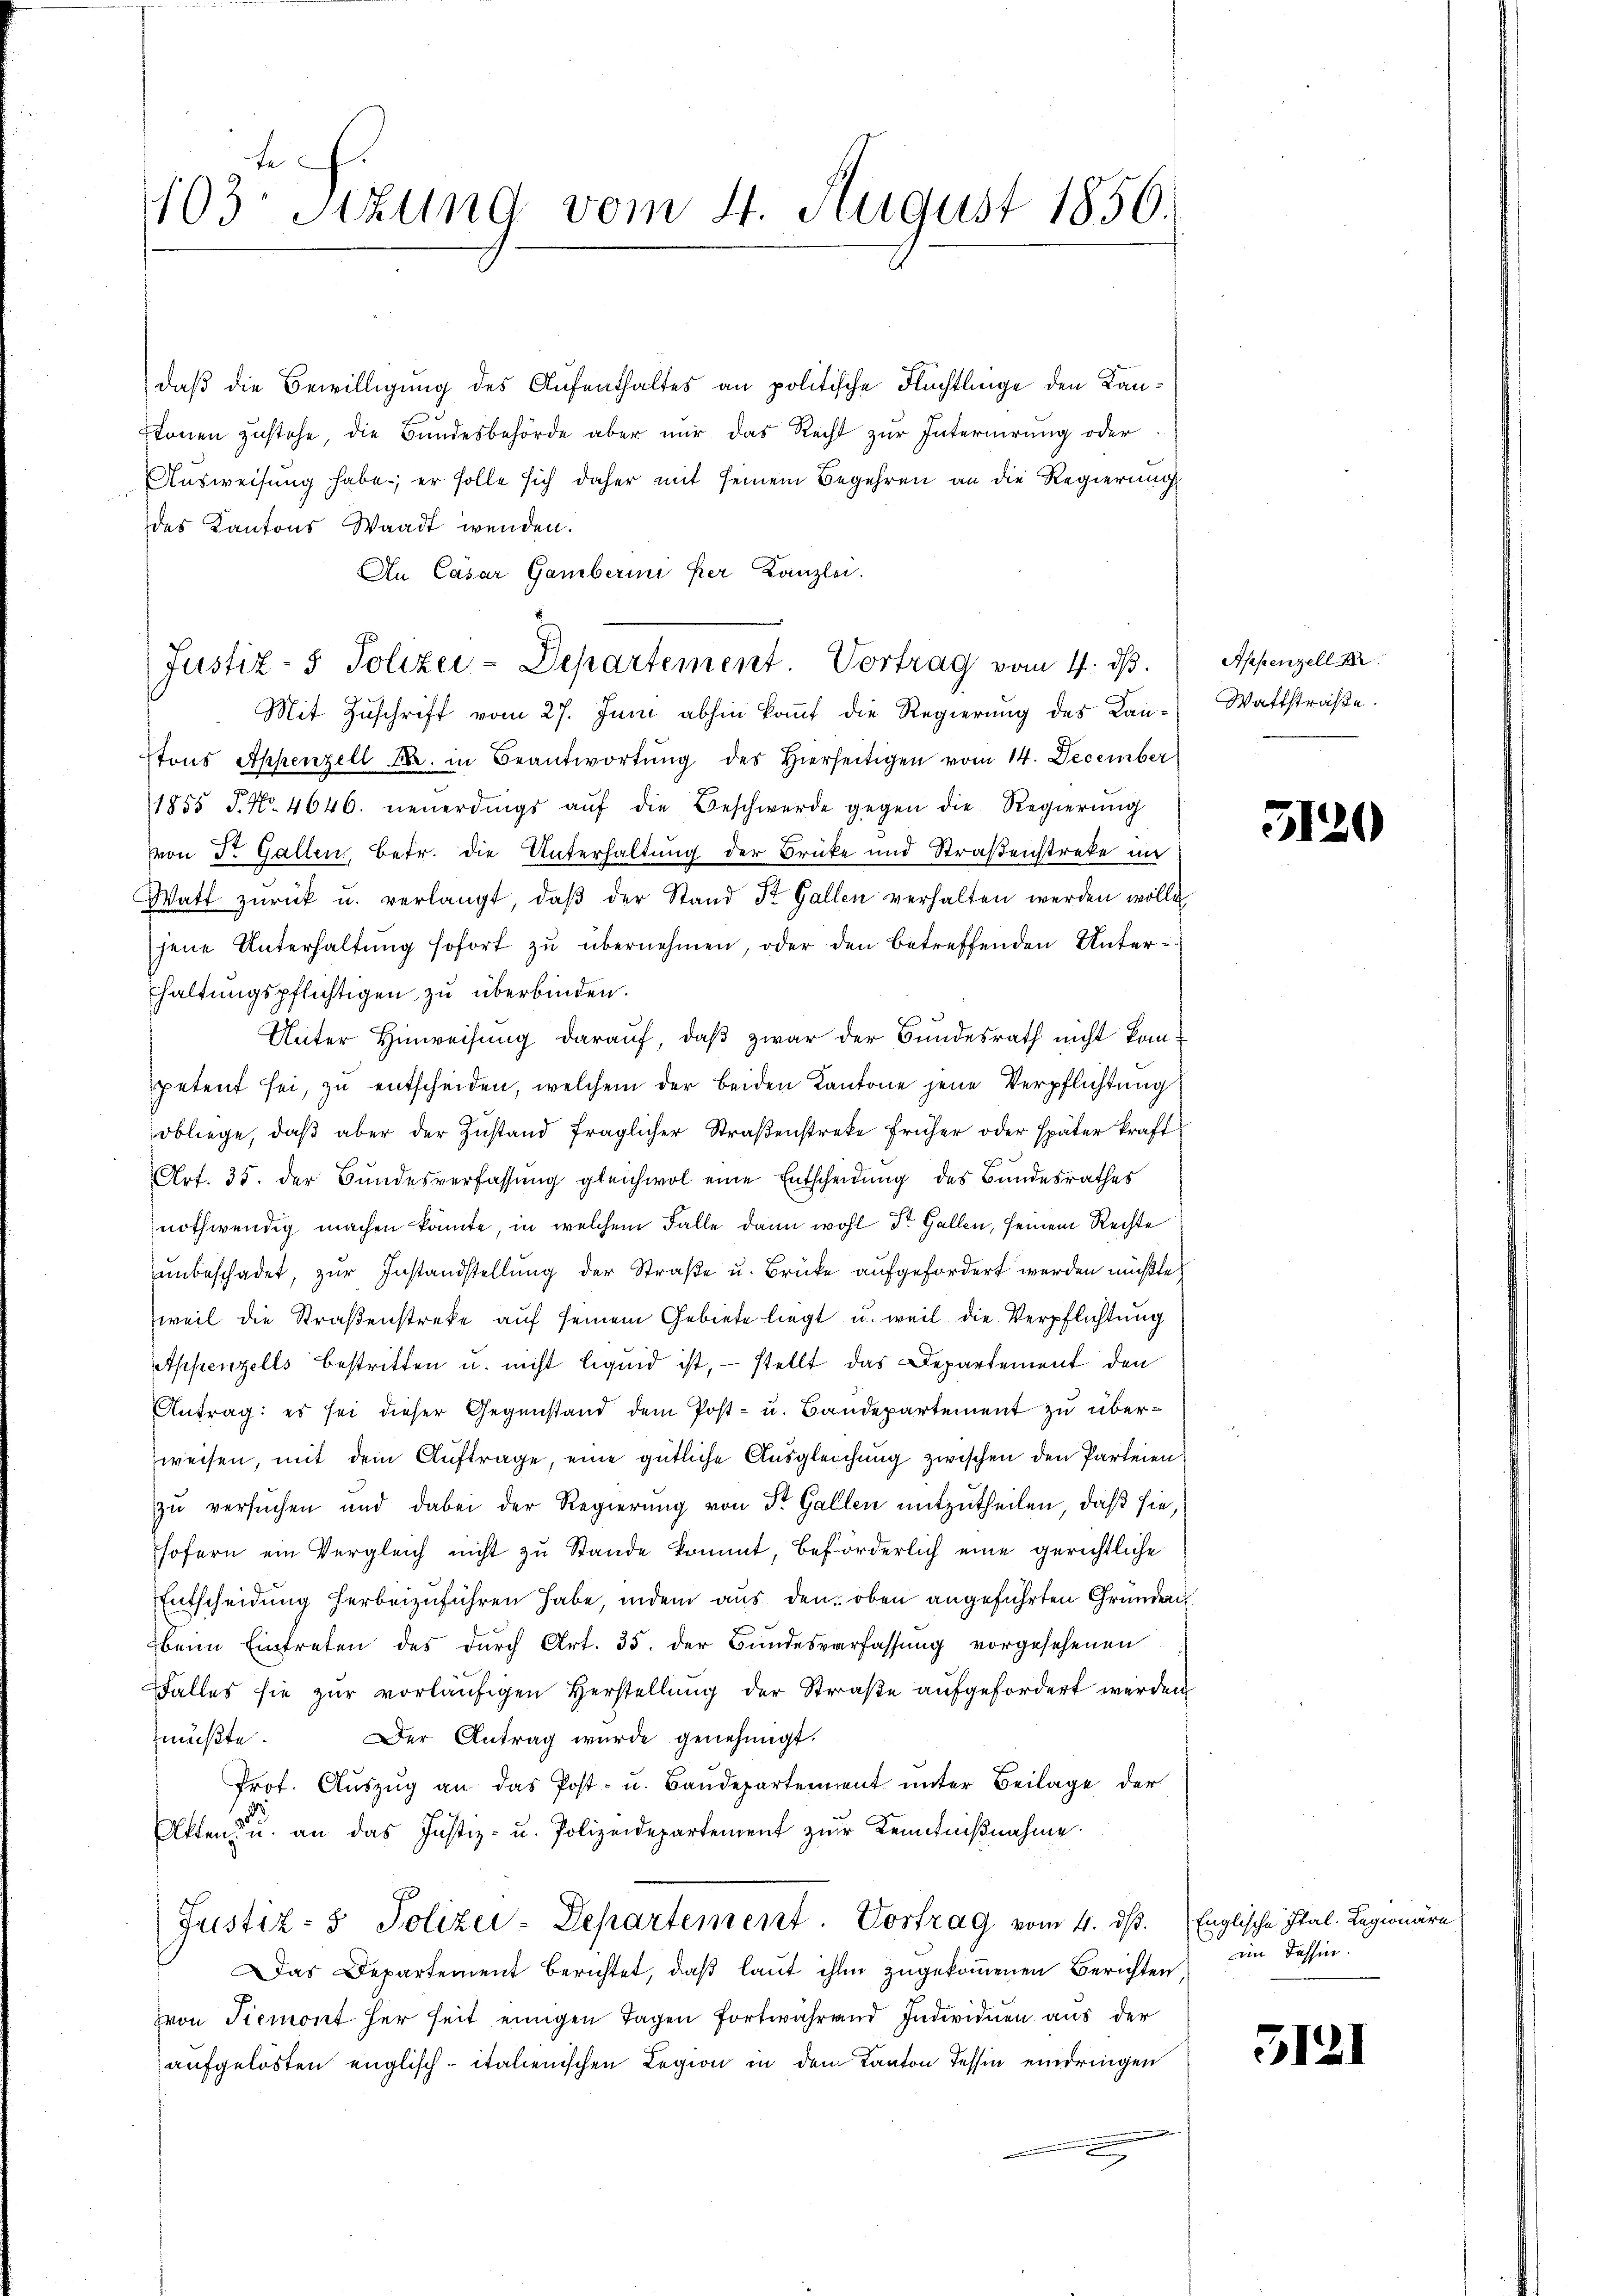
te
103. Sitzung vom 4. August 1856.

daß die Bewilligung des Aufenthaltes an politische Flüchtlinge den Kanstonen zustehe, die Bundesbehörde aber mir das Recht zur Internirung oder
Ausweisung habe; er solle sich daher mit seinem Begehren an die Regierung
des Kantons Waadt wenden.
Au. Casar Gamberini per Canzlei.
Mit Zŭschrift vom 27. Juni abhin kant die Regierung des Kan-Wattstraβe.
tons Appenzell Fr. in Beantwortŭng des hierseitigen vom 14. December
1855 J. No. 4646. neuerdings aŭf die Beschwerde gegen die Regierŭng
von Dr. Gallen Betr. die Unterhaltung der Brücke und Straßenstreke in
Watt zŭrück u. verlangt, daβ der Stand St. Gallen verhalten werden wolle,
jene Unterhaltŭng sofort zŭ übernehmen, oder den betreffenden Unter¬
Ehaltungspflichtigen zu überbinden.
Unter Hinweisung darauf, daß zwar der Bundesrath nicht kanpetent sei, zu entscheiden, welchem der beiden Kantone jene Verpflichtung
obliege, daβ aber der Zustand fraglicher Straßenstreke früher oder später kraft
Art. 35. der Bŭndesverfassŭng gleichwol eine Entscheidŭng des Bŭndesrathes
nothwendig machen könnte, in welchem Falle dann wohl Dr. Gallen, seinem Rechte
unbeschadet, zur Instandstellung der Straße u. Brücke aufgefordert werden müßte,
weil die Straßenstreke auf seinem Gebiete liegt u. weil die Verpflichtung
Appenzells bestritten u. nicht liquid ist, – stellt das Departement den
Antrag: es sei dieser Gegenstand dem Post- u. Bandepartement zu überzweisen, mit dem Auftrage, eine gütliche Ausgleichung zwischen den Parteien
zŭ versuchen und dabei der Regierŭng von St. Gallen mitzutheilen, daß sie
sofern ein Vergleich nicht zu Stande kommt, beförderlich eine gerichtliche
Entscheidung herbeizuführen habe, indem aus den oben angeführten Gründen
beim Eintreten des durch Art. 35. der Bundesverfassung vorgesehenen
ffalles sie zur vorläufigen Herstellung der Straße aufgefordert werden
Der Antrag wurde genehmigt.
müßte.
Prot. Aŭszŭg an das Post- u. Baŭdepartement unter Beilage der
Akten u. an das Justiz- u. Polizeidepartement zur Kenntnißnahme.
Justiz- & Polizei-Departement. Vortrag vom 4. ds.
Das Departement berichtet, daß laut ihm zugekommenen Berichten
von Piemont her seit einigen Tagen fortwährend Individuen aus der
aufgelösten englisch-italienischen Legion in den Kanton Tessin eindringen

Justiz- & Polizei-Departement. Vortrag vom 4. ds.

Appenzell A.

5120

Englische Ital. Legionäre
im Tessin.

5121